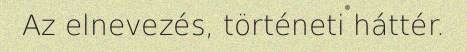
Az elnevezés, történeti háttér.